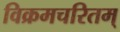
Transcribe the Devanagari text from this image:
विक्रमचरितम्